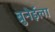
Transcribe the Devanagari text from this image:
ब्रुनेईला